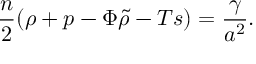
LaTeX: { \frac { n } { 2 } } ( \rho + p - { \Phi \tilde { \rho } } - T s ) = { \frac { \gamma } { a ^ { 2 } } } .